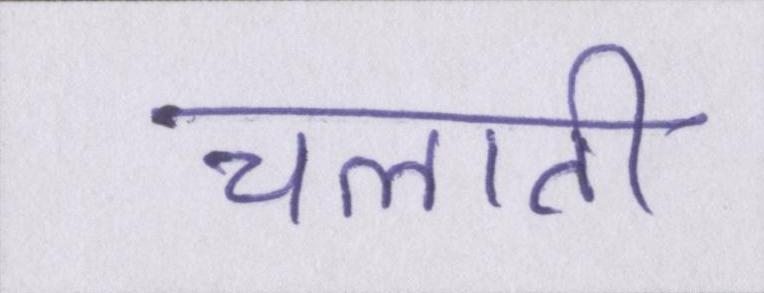
चलाती